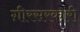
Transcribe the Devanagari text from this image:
ग़ीरसरकारी